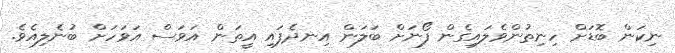
ނިކަން ބޮޑަށް ހިނިތުންވެލައިގެން ފޯނަށް ބަލަން އިނދެފައި އީތަން އަވަސް އަވަހަށް ބުނެލިއެވެ.